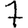
Digit: 7